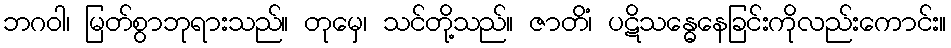
ဘဂဝါ၊ မြတ်စွာဘုရားသည်။ တုမှေ၊ သင်တို့သည်။ ဇာတိံ၊ ပဋိသန္ဓေနေခြင်းကိုလည်းကောင်း။